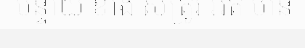
បន្ទាយ ខាង សត្រូវ អត់ មាន